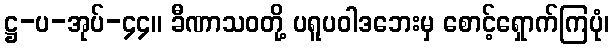
ဋ္ဌ-ပ-အုပ်-၄၄။ ခီဏာသဝတို့ ပရူပဝါဒဘေးမှ စောင့်ရှောက်ကြပုံ၊